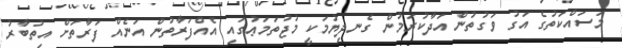
މަސައްކަތުގެ އަގު ވަގުތުން އަދާކުރަމުން ގެނދިޔުމަކީ މުޖުތަމަޢުގައި އެއްފަރާތުން އަނެއް ފަރާތަށް އިތުބާރު